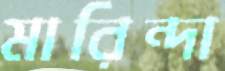
মারিন্দা